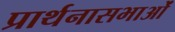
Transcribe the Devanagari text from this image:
प्रार्थनासभाओं